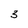
Character: 3